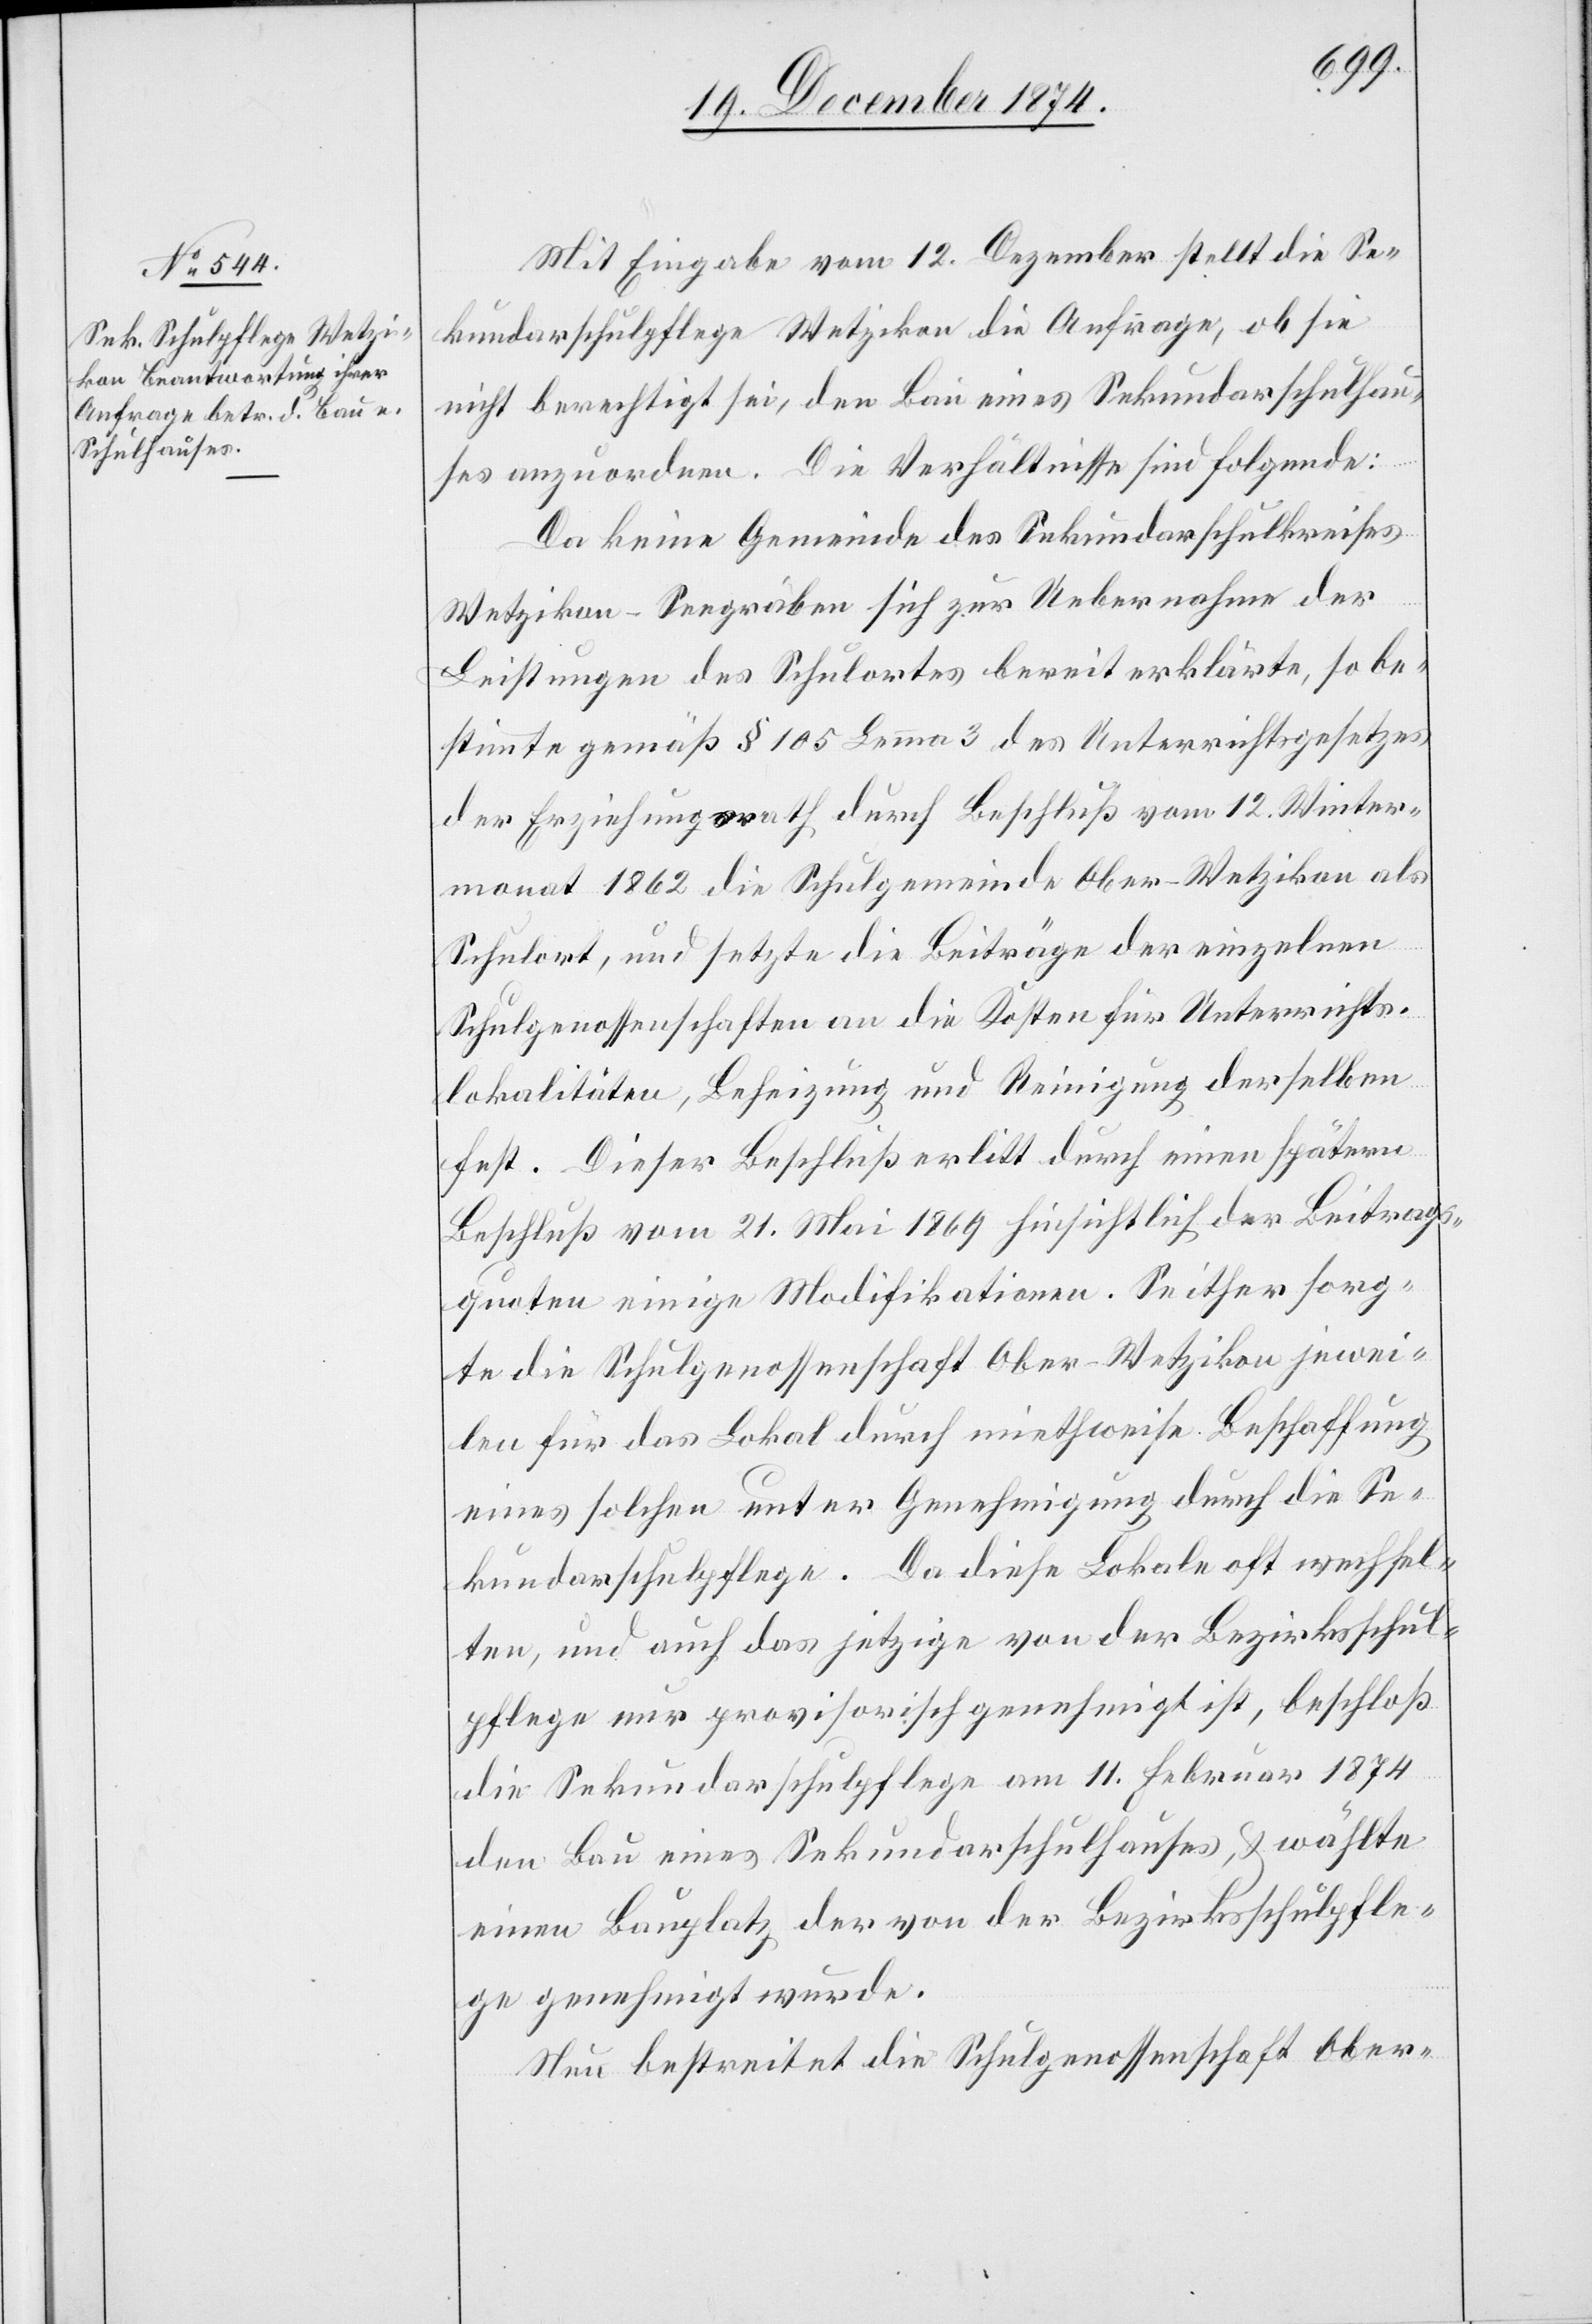
Mit Eingabe vom 12. Dezember stellt die Se¬
kundarschulpflege Wetzikon die Anfrage, ob sie
nicht berechtigt sei, den Bau eines Sekundarschulhau¬
ses anzuordnen. Die Verhältnisse sind Folgende:
Da keine Gemeinde des Sekundarschulkreises
Wetzikon-Seegräben sich zur Uebernahme der
Leistungen des Schulortes bereit erklärte, so be¬
stimmte gemäß § 105 Lemma 3 des Unterrichtsgesetzes
der Erziehungsrath durch Beschluß vom 12. Winter¬
monat 1862 die Schulgemeinde Ober-Wetzikon als
Schulort, und setzte die Beiträge der einzelnen
Schulgenossenschaften an die Kosten für Unterrichts¬
lokalitäten, Beheizung und Reinigung derselben
fest. Dieser Beschluß erlitt durch einen spätern
Beschluß vom 21. Mai 1869 hinsichtlich der Beitrags¬
quoten einige Modifikationen. Seither sorg¬
te die Schulgenossenschaft Ober-Wetzikon jewei¬
len für das Lokal durch miethweise Beschaffung
eines solchen unter Genehmigung durch die Se¬
kundarschulpflege. Da diese Lokale oft wechsel¬
ten, und auch das jetzige von der Bezirksschul¬
pflege nur provisorisch genehmigt ist, beschloß
die Sekundarschulpflege am 11. Februar 1874
den Bau eines Sekundarschulhauses, & wählte
einen Bauplatz der von der Bezirksschulpfle¬
ge genehmigt wurde.
Neu bestreitet die Schulgenossenschaft Ober-